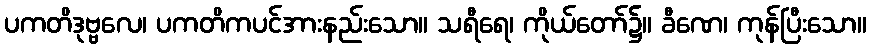
ပကတိဒုဗ္ဗလေ၊ ပကတိကပင်အားနည်းသော။ သရီရေ၊ ကိုယ်တော်၌။ ခီဏေ၊ ကုန်ပြီးသော။